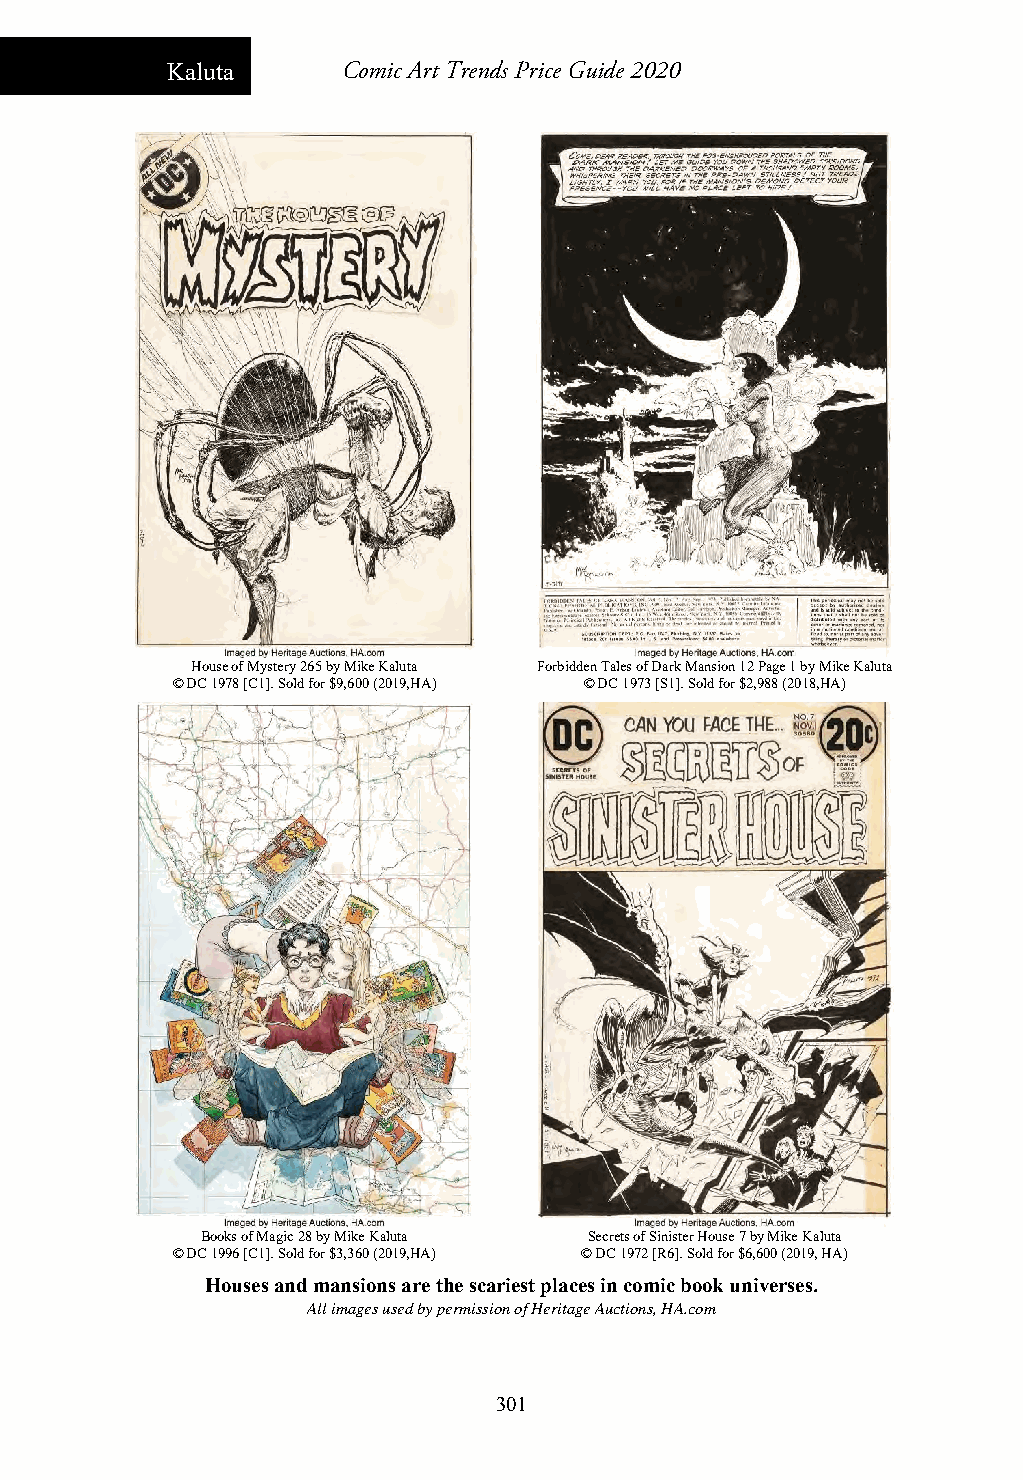
Kaluta      Comic Art Trends Price Guide 2020
 House of Mystery 265 by Mike Kaluta Forbidden Tales of Dark Mansion 12 Page 1 by Mike Kaluta
 © DC 1978 [C1]. Sold for $9,600 (2019,HA) © DC 1973 [S1]. Sold for $2,988 (2018,HA)
 Books of Magic 28 by Mike Kaluta Secrets of Sinister House 7 by Mike Kaluta
 © DC 1996 [C1]. Sold for $3,360 (2019,HA) © DC 1972 [R6]. Sold for $6,600 (2019, HA)
 Houses and mansions are the scariest places in comic book universes.
 All images used by permission of Heritage Auctions, HA.com
 301